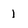
Character: 1